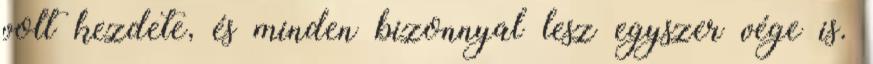
volt kezdete, és minden bizonnyal lesz egyszer vége is.